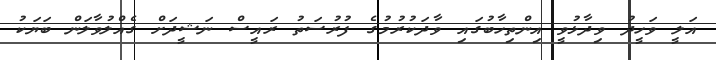
އަލީ ވަހީދު ވިދާޅުވީ އިންތިހާބުގައި ވާދަކުރުމުގެ ފުރުސަތު ރައީސް ނަޝީދަށް ގެއްލުވާލަން ބަޔަކު